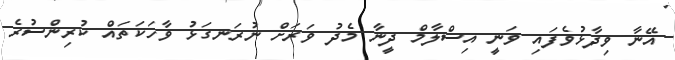
އޭނާ ވިދާޅުވެފައި ވަނީ އިސްލާމް ދީނާ މެދު ވަރަށް ނުރަނގަޅު ވާހަކަތައް ކުރިންސުރެ